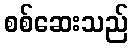
စစ်ဆေးသည်